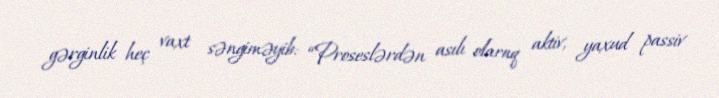
gərginlik heç vaxt səngiməyib: “Proseslərdən asılı olaraq aktiv, yaxud passiv